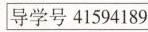
9.仿照下面的示例，另写两个句子。（6分）